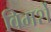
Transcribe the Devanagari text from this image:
विमर्शे